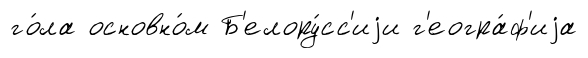
го́ла основно́м Б'елору́сс'иjи г'еогра́ф'иjа